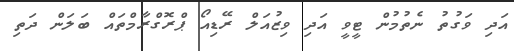
އަދި ވަގުތު ނެތުމުން ޓީވީ އަދި ވިޒުއަލް ރޭޑިއޯ ޕްރޮގްރާމްތައް ބަލަން ދަތި